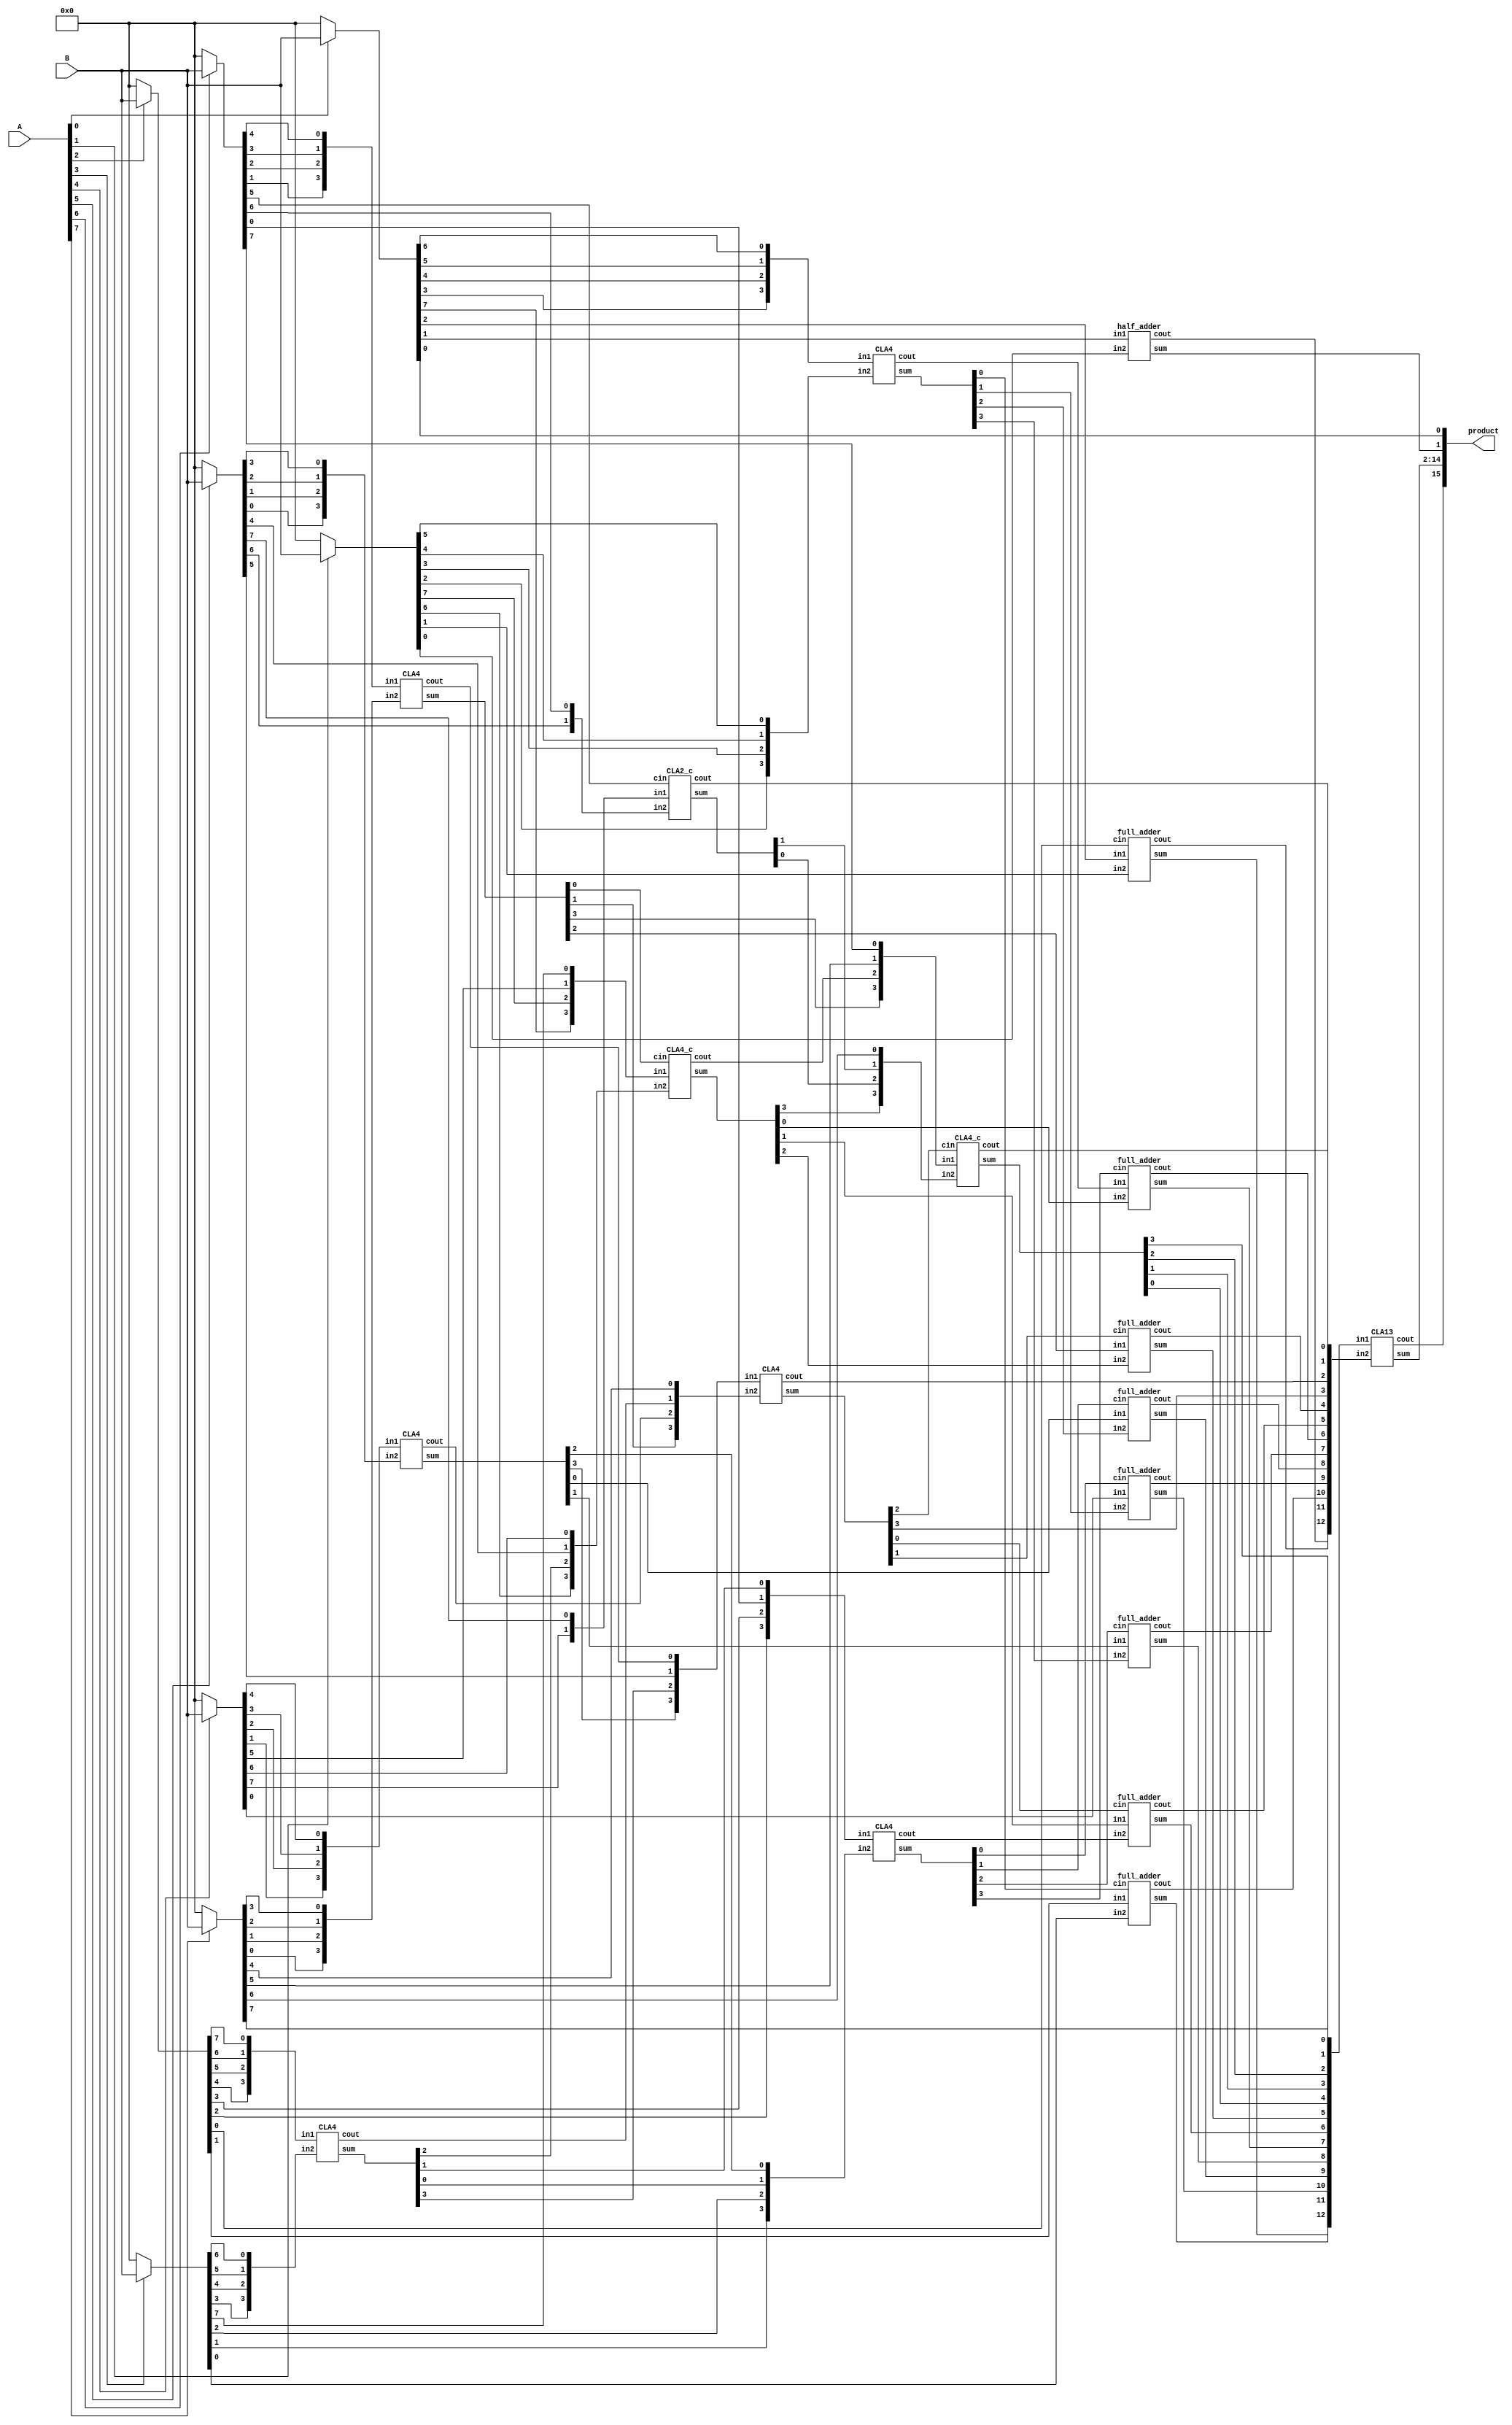
module multiplier_8bits_version1(product, A, B);
    
    /* This implementation is similar to 8bit dadda with CLA reduction, but uses predefined CLAs
     * Area: 1036.214368
     * Power: 0.5397
     * Timing: 1.16
     */

    input [7:0] A, B;
    output [15:0] product;

    wire [7:0] pp0, pp1, pp2, pp3, pp4, pp5, pp6, pp7;

    assign pp0 = A[0] ? B : 8'b00000000;
    assign pp1 = A[1] ? B : 8'b00000000;
    assign pp2 = A[2] ? B : 8'b00000000;
    assign pp3 = A[3] ? B : 8'b00000000;
    assign pp4 = A[4] ? B : 8'b00000000;
    assign pp5 = A[5] ? B : 8'b00000000;
    assign pp6 = A[6] ? B : 8'b00000000;
    assign pp7 = A[7] ? B : 8'b00000000;
 
    assign product[0] = pp0[0];

    /* 1st CLA*/ 
    wire [3:0] s1, in1_1, in1_2;
    wire c1;
    assign in1_1 = {pp2[4],pp2[5],pp2[6],pp2[7]};
    assign in1_2 = {pp3[3],pp3[4],pp3[5],pp3[6]};
    CLA4 CLA01(s1, c1, in1_1, in1_2);

    /* 2nd CLA */
    wire [3:0] s2, in2_1, in2_2;
    wire c2;
    assign in2_1 = {pp4[1],pp4[2],pp4[3],pp4[4]};
    assign in2_2 = {pp5[0],pp5[1],pp5[2],pp5[3]};
    CLA4 CLA02(s2, c2, in2_1, in2_2);

    /* 3rd CLA */
    wire [3:0] s3, in3_1, in3_2;
    wire c3;
    assign in3_1 = {pp6[1],pp6[2],pp6[3],pp6[4]};
    assign in3_2 = {pp7[0],pp7[1],pp7[2],pp7[3]};
    CLA4 CLA03(s3, c3, in3_1, in3_2);

    /* 4th CLA */
    wire [3:0] s4, in4_1, in4_2;
    wire c4;
    assign in4_1 = {pp0[3],pp0[4],pp0[5],pp0[6]};
    assign in4_2 = {pp1[2],pp1[3],pp1[4],pp1[5]};
    CLA4 CLA04(s4, c4, in4_1, in4_2);

    /* 5th CLA */
    wire [3:0] s5, in5_1, in5_2;
    wire c5;
    assign in5_1 = {pp0[7],pp1[7],pp4[5],pp3[7]};
    assign in5_2 = {pp1[6],s1[2],pp5[4],pp4[6]};
    CLA4_c CLA05(s5, c5, in5_1, in5_2, s3[0]);

     /* 6th CLA */
    wire [1:0] s6, in6_1, in6_2;
    wire c6;
    assign in6_1 = {pp4[7],pp5[7]};
    assign in6_2 = {pp5[6],pp6[6]};
    CLA2_c CLA06(s6, c6, in6_1, in6_2, pp6[5]);

    /* 7th CLA */
    wire [3:0] s7, in7_1, in7_2;
    wire c7;
    assign in7_1 = {pp2[2],pp2[3],pp6[0],s1[1]};
    assign in7_2 = {pp3[1],pp3[2],s1[0],s2[2]};
    CLA4 CLA07(s7, c7, in7_1, in7_2);

    /* 8th CLA */
    wire [3:0] s8, in8_1, in8_2;
    wire c8;
    assign in8_1 = {s2[3],s1[3],pp5[5],c3};
    assign in8_2 = {s3[1],c2,c1,pp7[4]};
    CLA4 CLA08(s8, c8, in8_1, in8_2);

    half_adder ha01(product[1], cA, pp0[1], pp1[0]);
    full_adder fa01(sB, cB, pp0[2], pp1[1], pp2[0]);
    full_adder fa02(sC, cC, pp2[1], pp3[0], s4[0]);
    full_adder fa03(sD, cD, pp4[0], s4[1],  s7[0]);
    full_adder fa04(sE, cE, s2[0],  s4[2],  s7[1]);
    full_adder fa05(sF, cF, s2[1],  s4[3],  s7[2]);
    full_adder fa06(sG, cG, c4,     s5[0],  s7[3]);
    full_adder fa07(sH, cH, s5[1],  c7,     s8[0]);
    full_adder fa08(sI, cI, s3[2],  s5[2],  s8[1]);
   

    /* CLA */
    wire [3:0] s9, in9_1, in9_2;
    wire c9;
    assign in9_1 = {s3[3],c5,pp7[5],pp6[7]};
    assign in9_2 = {s5[3],s6[0],s6[1],pp7[6]};
    CLA4_c CLA09(s9, c9, in9_1, in9_2, s8[2]);  

    /* Final Stage */
    wire [12:0] s, in_1, in_2;
    wire c;
    assign in_1 = {sB,sC,sD,sE,sF,sG,sH,sI,s9[0],s9[1],s9[2],s9[3],pp7[7]};
    assign in_2 = {cA,cB,cC,cD,cE,cF,cG,cH,cI,   s8[3],   c8,   c6,   c9};
    CLA13 CLA0A(s, c, in_1, in_2);
    assign product[15] = c;
    assign product[2]  = s[0];
    assign product[3]  = s[1];
    assign product[4]  = s[2];
    assign product[5]  = s[3];
    assign product[6]  = s[4];
    assign product[7]  = s[5];
    assign product[8]  = s[6];
    assign product[9]  = s[7];
    assign product[10] = s[8];
    assign product[11] = s[9];
    assign product[12] = s[10];
    assign product[13] = s[11];
    assign product[14] = s[12];
endmodule

module CLA2_c(output [1:0] sum,
            output cout,
            input [1:0] in1, in2,
            input cin);

    wire [1:0] G; /* Generate */
    wire [1:0] P; /* Propagate */
    wire [1:0] C; /* Carry */

    assign G[0] = in1[1] & in2[1]; /*Generate    Gi = Ai * Bi */
    assign G[1] = in1[0] & in2[0];

    assign P[0] = in1[1] ^ in2[1];
    assign P[1] = in1[0] ^ in2[0];

    assign C[0] = cin;
    assign C[1] = G[0] | (P[0] & C[0]);
    assign cout = G[1] | (P[1] & C[1]);
    assign sum = P ^ C;
endmodule

module CLA4(output [3:0] sum,
            output cout,
            input [3:0] in1, in2);

    wire [3:0] G; /* Generate */
    wire [3:0] P; /* Propagate */
    wire [3:0] C; /* Carry */

    assign G[0] = in1[3] & in2[3]; /*Generate    Gi = Ai * Bi */
    assign G[1] = in1[2] & in2[2];
    assign G[2] = in1[1] & in2[1];
    assign G[3] = in1[0] & in2[0];
    assign P[0] = in1[3] ^ in2[3]; /*Propagate   Pi = Ai + Bi */
    assign P[1] = in1[2] ^ in2[2];
    assign P[2] = in1[1] ^ in2[1];
    assign P[3] = in1[0] ^ in2[0];

    assign C[0] = 0;
    assign C[1] = G[0] | (P[0] & C[0]);
    assign C[2] = G[1] | (P[1] & C[1]);
    assign C[3] = G[2] | (P[2] & C[2]);
    assign cout = G[3] | (P[3] & C[3]);
    assign sum = P ^ C;
endmodule

module CLA4_c(output [3:0] sum,
            output cout,
            input [3:0] in1, in2,
            input cin);

    wire [3:0] G; /* Generate */
    wire [3:0] P; /* Propagate */
    wire [3:0] C; /* Carry */

    assign G[0] = in1[3] & in2[3]; /*Generate    Gi = Ai * Bi */
    assign G[1] = in1[2] & in2[2];
    assign G[2] = in1[1] & in2[1];
    assign G[3] = in1[0] & in2[0];
    assign P[0] = in1[3] ^ in2[3]; /*Propagate   Pi = Ai + Bi */
    assign P[1] = in1[2] ^ in2[2];
    assign P[2] = in1[1] ^ in2[1];
    assign P[3] = in1[0] ^ in2[0];

    assign C[0] = cin;
    assign C[1] = G[0] | (P[0] & C[0]);
    assign C[2] = G[1] | (P[1] & C[1]);
    assign C[3] = G[2] | (P[2] & C[2]);
    assign cout = G[3] | (P[3] & C[3]);
    assign sum = P ^ C;
endmodule

module CLA13(output [12:0] sum,
            output cout,
            input [12:0] in1, in2);

    wire [12:0] G;
    wire [12:0] P; // Propagate
    wire [12:0] C;

    assign G[0]  = in1[12] & in2[12];
    assign G[1]  = in1[11] & in2[11];
    assign G[2]  = in1[10] & in2[10];
    assign G[3]  = in1[9]  & in2[9];
    assign G[4]  = in1[8]  & in2[8];
    assign G[5]  = in1[7]  & in2[7];
    assign G[6]  = in1[6]  & in2[6];
    assign G[7]  = in1[5]  & in2[5];
    assign G[8]  = in1[4]  & in2[4];
    assign G[9]  = in1[3]  & in2[3];
    assign G[10] = in1[2]  & in2[2];
    assign G[11] = in1[1]  & in2[1];
    assign G[12] = in1[0]  & in2[0];
    assign P[0]  = in1[12] ^ in2[12];
    assign P[1]  = in1[11] ^ in2[11];
    assign P[2]  = in1[10] ^ in2[10];
    assign P[3]  = in1[9]  ^ in2[9];
    assign P[4]  = in1[8]  ^ in2[8];
    assign P[5]  = in1[7]  ^ in2[7];
    assign P[6]  = in1[6]  ^ in2[6];
    assign P[7]  = in1[5]  ^ in2[5];
    assign P[8]  = in1[4]  ^ in2[4];
    assign P[9]  = in1[3]  ^ in2[3];
    assign P[10] = in1[2]  ^ in2[2];
    assign P[11] = in1[1]  ^ in2[1];
    assign P[12] = in1[0]  ^ in2[0];

    assign C[0] = 0; 
    assign C[1] = G[0];
    assign C[2] = G[1] | (P[1] & C[1]);
    assign C[3] = G[2] | (P[2] & C[2]);
    assign C[4] = G[3] | (P[3] & C[3]);
    assign C[5] = G[4] | (P[4] & C[4]);
    assign C[6] = G[5] | (P[5] & C[5]);
    assign C[7] = G[6] | (P[6] & C[6]);
    assign C[8] = G[7] | (P[7] & C[7]);
    assign C[9] = G[8] | (P[8] & C[8]);
    assign C[10] = G[9] | (P[9] & C[9]);
    assign C[11] = G[10] | (P[10] & C[10]);
    assign C[12] = G[11] | (P[11] & C[11]);
    assign cout = G[12] | (P[12] & C[12]);
    assign sum = P ^ C;
endmodule

module half_adder(output wire sum,
                  output wire cout,
                  input wire in1,
                  input wire in2);
    xor(sum, in1, in2);
    and(cout, in1, in2);
endmodule

module full_adder(output wire sum,
                  output wire cout,
                  input wire in1,
                  input wire in2,
                  input wire cin);
    wire temp1;
    wire temp2;
    wire temp3;
    xor(sum, in1, in2, cin);
    and(temp1,in1,in2);
    and(temp2,in1,cin);
    and(temp3,in2,cin);
    or(cout,temp1,temp2,temp3);
endmodule